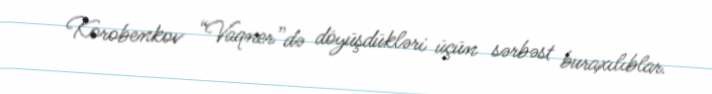
Korobenkov “Vaqner”də döyüşdükləri üçün sərbəst buraxılıblar.